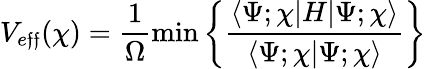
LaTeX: V_{e\mathfrak{f}\mathfrak{f}}(\chi)=\frac{{1}}{{\Omega}}\mathrm{{min}}\left\{ \frac{{\langle\Psi;\chi|H|\Psi;\chi\rangle}}{{\langle\Psi;\chi|\Psi;\chi\rangle}}\right\}